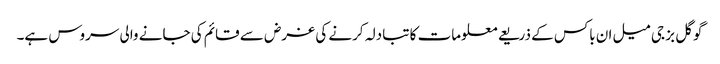
گوگل بز جی میل ان باکس کے ذریعے معلومات کا تبادلہ کرنے کی غرض سے قائم کی جانے والی سروس ہے۔